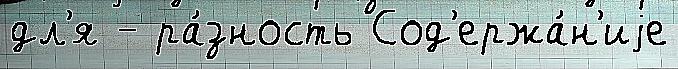
дл'я - ра́зность Сод'ержа́н'иjе